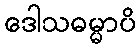
ဒေါသဓမ္မာပိ